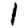
Digit: 1